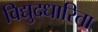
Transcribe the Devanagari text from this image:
विद्युदधारिता